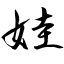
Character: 娃